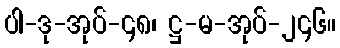
ပါ-ဒု-အုပ်-၄၈၊ ဋ္ဌ-မ-အုပ်-၂၄၆။